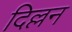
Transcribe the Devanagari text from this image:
दिल्लन